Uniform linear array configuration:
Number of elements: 12
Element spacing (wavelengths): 0.25
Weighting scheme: kaiser
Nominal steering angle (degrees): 15
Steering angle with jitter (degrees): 13.27
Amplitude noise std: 0.05
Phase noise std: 0.05

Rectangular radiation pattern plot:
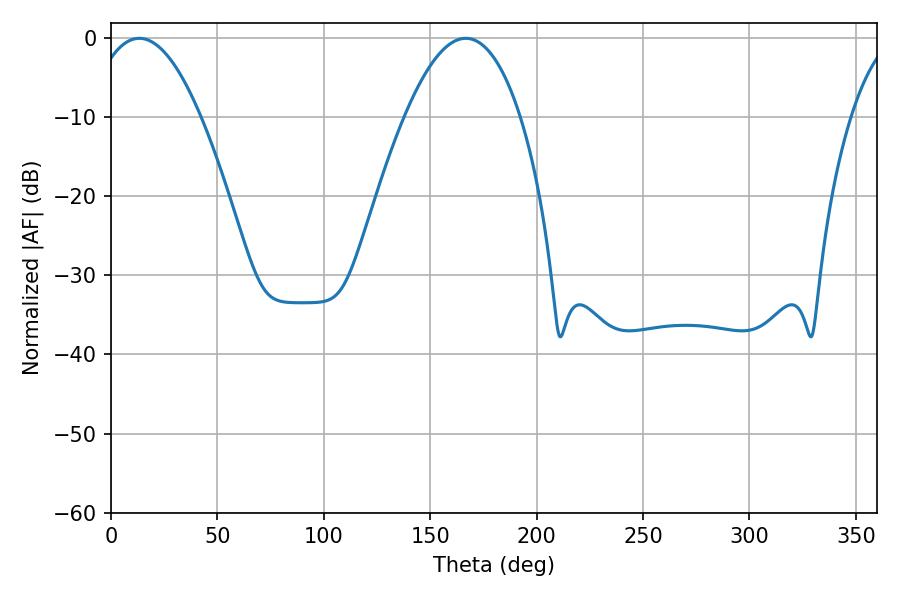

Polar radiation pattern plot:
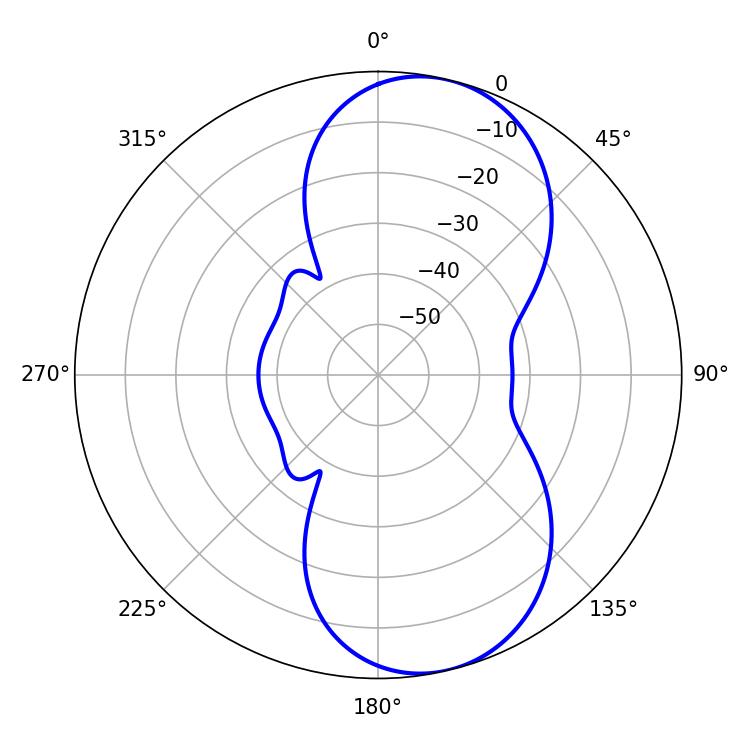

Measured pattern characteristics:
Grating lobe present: FALSE
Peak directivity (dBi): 8.676
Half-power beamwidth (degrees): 28.8
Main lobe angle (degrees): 13.32